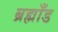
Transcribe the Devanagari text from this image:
ब्रह्माँड